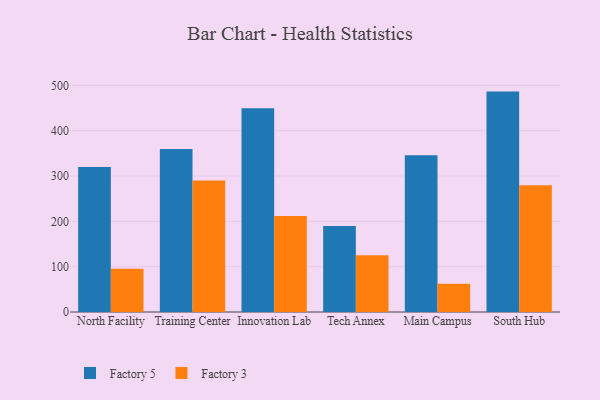
{"axis": {"x": "Campus", "y": "Headcount"}, "legend": ["Factory 3", "Factory 5"], "data": [{"x": "North Facility", "y": 320.2, "type": "Factory 5"}, {"x": "North Facility", "y": 95.2, "type": "Factory 3"}, {"x": "Training Center", "y": 359.7, "type": "Factory 5"}, {"x": "Training Center", "y": 290.1, "type": "Factory 3"}, {"x": "Innovation Lab", "y": 449.8, "type": "Factory 5"}, {"x": "Innovation Lab", "y": 211.7, "type": "Factory 3"}, {"x": "Tech Annex", "y": 189.8, "type": "Factory 5"}, {"x": "Tech Annex", "y": 125.4, "type": "Factory 3"}, {"x": "Main Campus", "y": 346.1, "type": "Factory 5"}, {"x": "Main Campus", "y": 62.4, "type": "Factory 3"}, {"x": "South Hub", "y": 486.3, "type": "Factory 5"}, {"x": "South Hub", "y": 279.7, "type": "Factory 3"}]}